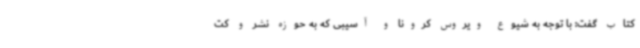
کتاب گفت: با توجه به شیوع ویروس کرونا و آسیبی که به حوزه نشر و کت